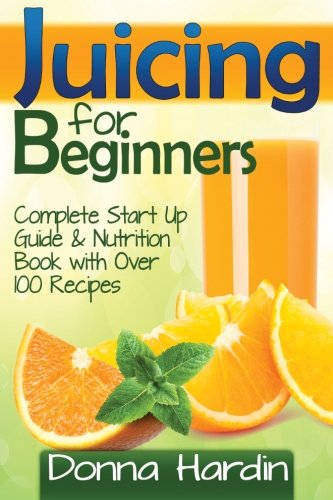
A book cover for Juicing for Beginners: Complete Juicing Start Up Guide and Nutrition Book with 100+ Juicing Recipes for Health, Weight Loss, Energy, Detox and More; Donna Hardin; Cookbooks, Food & Wine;